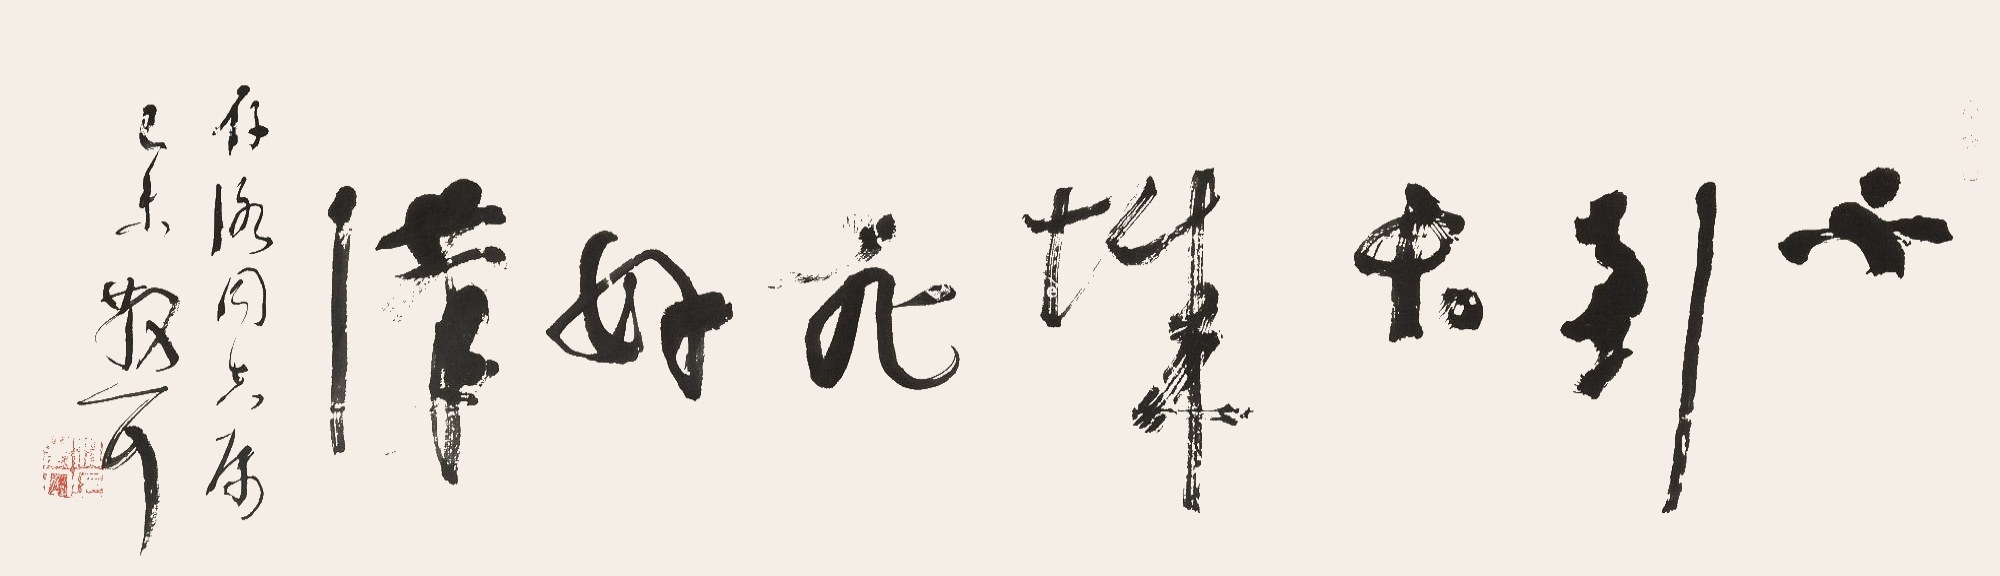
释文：不到长城非好汉存洛同志属己未散耳